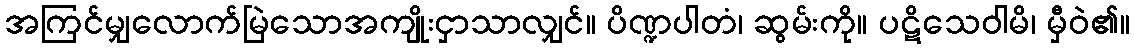
အကြင်မျှလောက်မြဲသောအကျိုးငှာသာလျှင်။ ပိဏ္ဍပါတံ၊ ဆွမ်းကို။ ပဋိသေဝါမိ၊ မှီဝဲ၏။